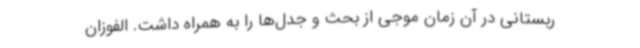
ربستانی در آن زمان موجی از بحث و جدل‌ها را به همراه داشت. الفوزان